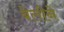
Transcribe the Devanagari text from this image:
बेलीने